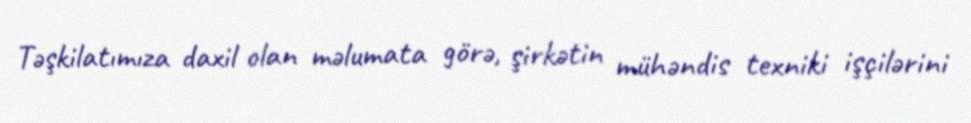
Təşkilatımıza daxil olan məlumata görə, şirkətin mühəndis texniki işçilərini